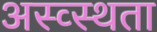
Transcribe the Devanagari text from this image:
अस्व्स्थता